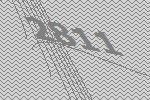
2811